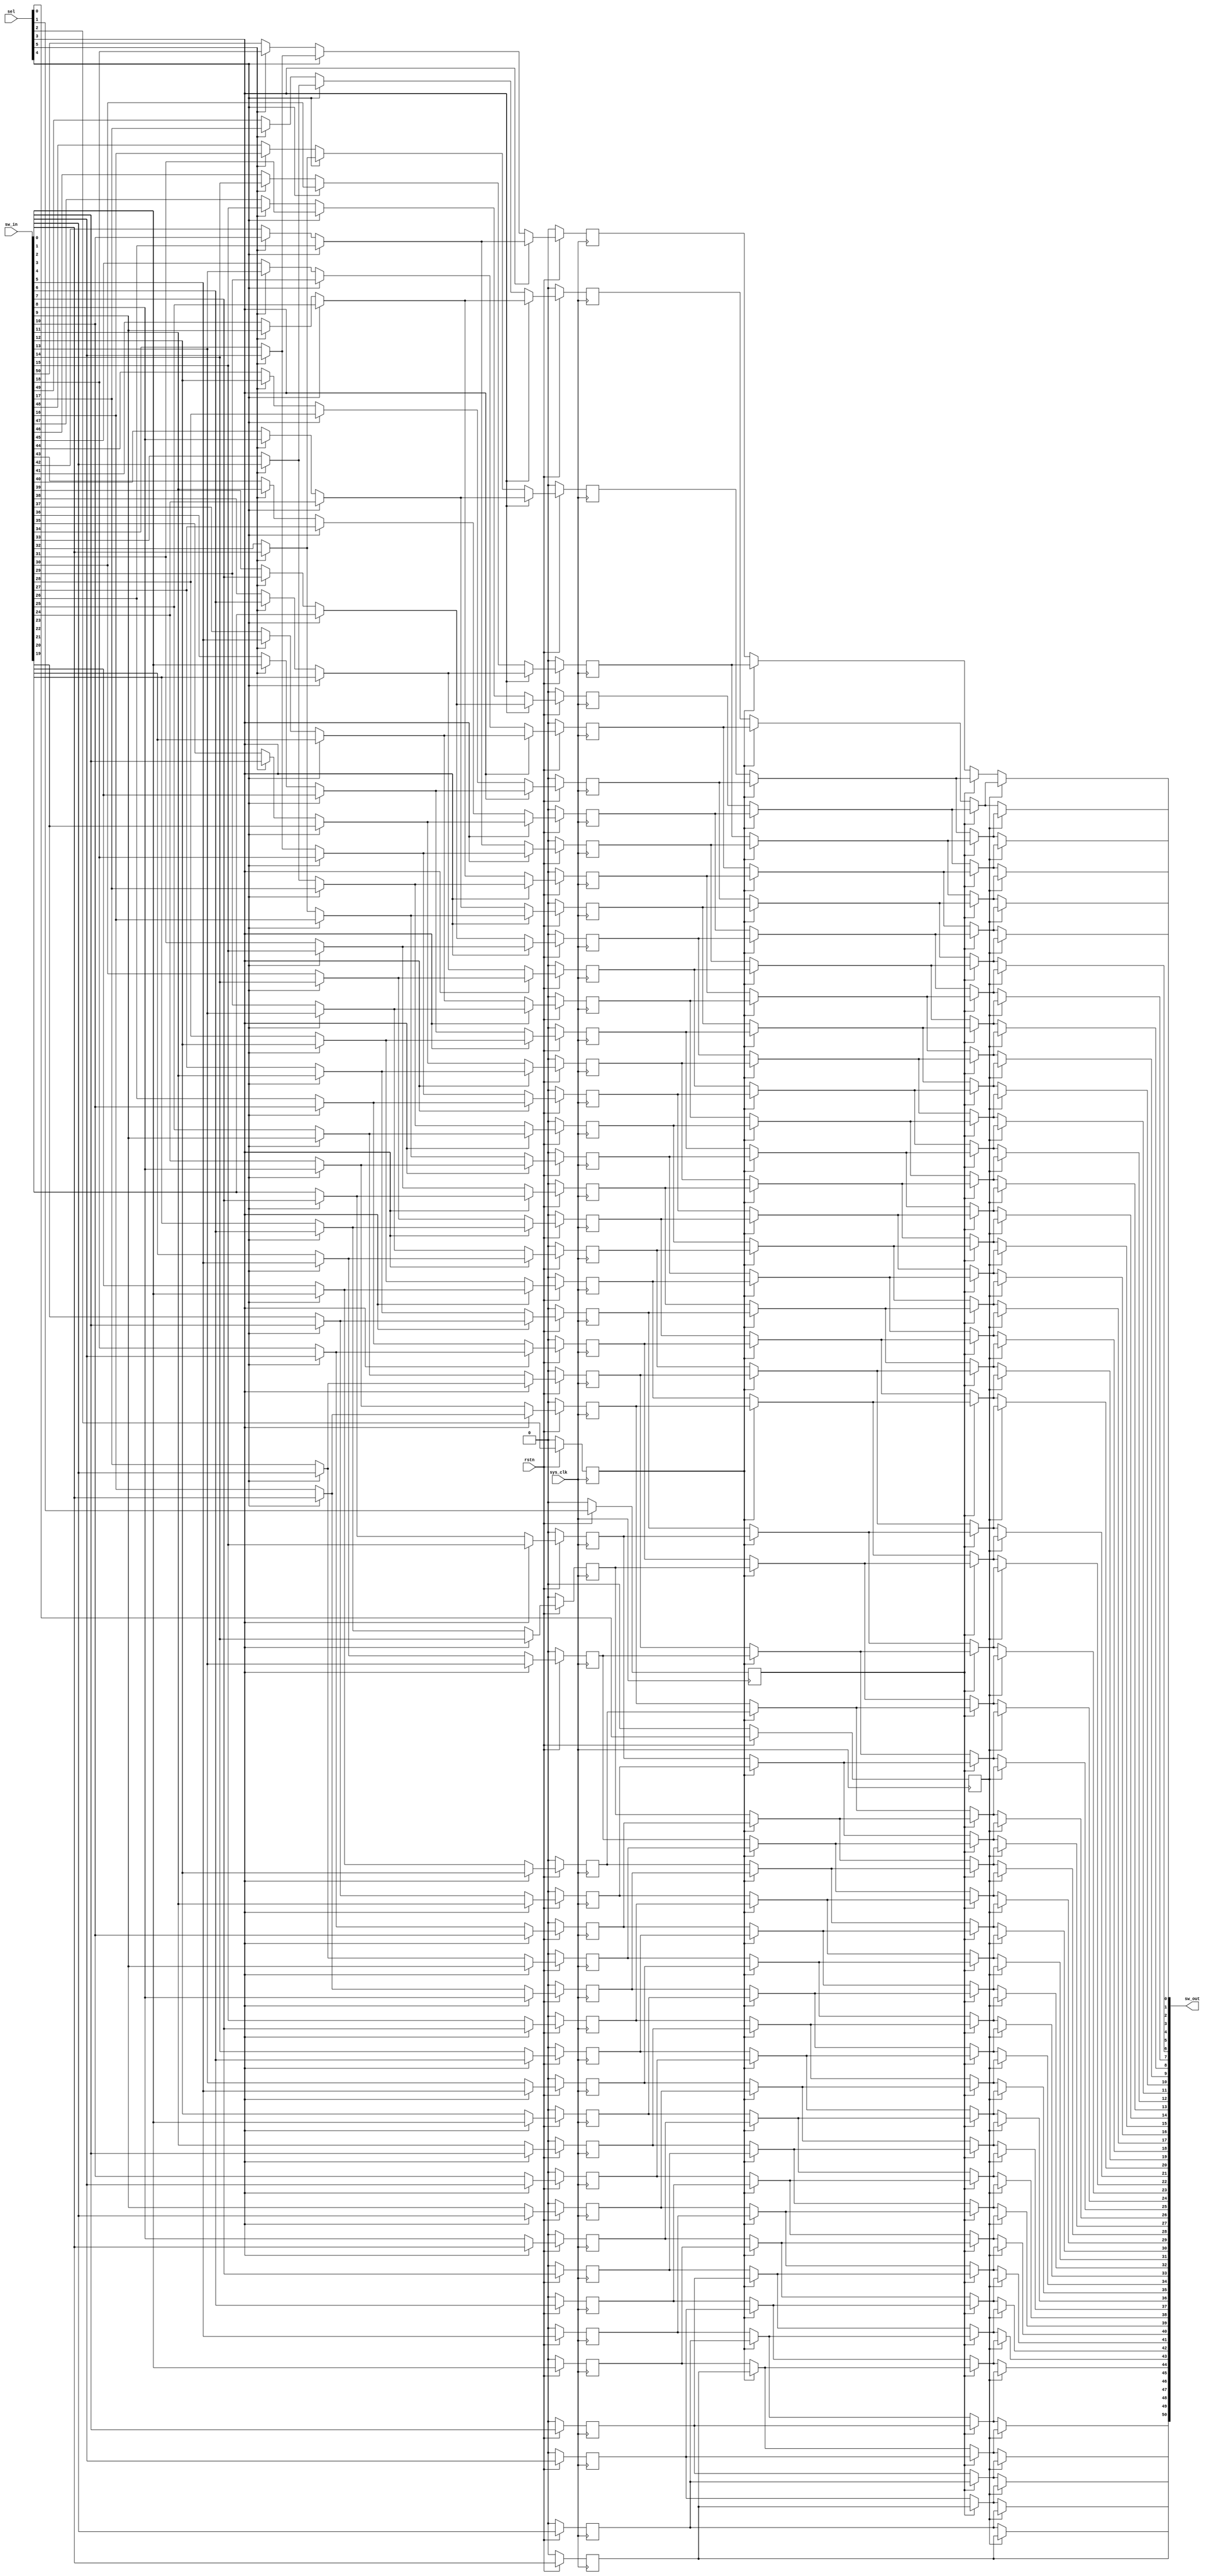
module qsn_right_len51 (
	output wire [50:0] sw_out,

	input wire [50:0] sw_in,
	input wire [5:0] sel,
	input wire sys_clk,
	input wire rstn
);

	// Multiplexer Stage 5
	wire [18:0] mux_stage_5;
	assign mux_stage_5[0] = (sel[5] == 1'b1) ? sw_in[18] : sw_in[50];
	assign mux_stage_5[1] = (sel[5] == 1'b1) ? sw_in[17] : sw_in[49];
	assign mux_stage_5[2] = (sel[5] == 1'b1) ? sw_in[16] : sw_in[48];
	assign mux_stage_5[3] = (sel[5] == 1'b1) ? sw_in[15] : sw_in[47];
	assign mux_stage_5[4] = (sel[5] == 1'b1) ? sw_in[14] : sw_in[46];
	assign mux_stage_5[5] = (sel[5] == 1'b1) ? sw_in[13] : sw_in[45];
	assign mux_stage_5[6] = (sel[5] == 1'b1) ? sw_in[12] : sw_in[44];
	assign mux_stage_5[7] = (sel[5] == 1'b1) ? sw_in[11] : sw_in[43];
	assign mux_stage_5[8] = (sel[5] == 1'b1) ? sw_in[10] : sw_in[42];
	assign mux_stage_5[9] = (sel[5] == 1'b1) ? sw_in[9] : sw_in[41];
	assign mux_stage_5[10] = (sel[5] == 1'b1) ? sw_in[8] : sw_in[40];
	assign mux_stage_5[11] = (sel[5] == 1'b1) ? sw_in[7] : sw_in[39];
	assign mux_stage_5[12] = (sel[5] == 1'b1) ? sw_in[6] : sw_in[38];
	assign mux_stage_5[13] = (sel[5] == 1'b1) ? sw_in[5] : sw_in[37];
	assign mux_stage_5[14] = (sel[5] == 1'b1) ? sw_in[4] : sw_in[36];
	assign mux_stage_5[15] = (sel[5] == 1'b1) ? sw_in[3] : sw_in[35];
	assign mux_stage_5[16] = (sel[5] == 1'b1) ? sw_in[2] : sw_in[34];
	assign mux_stage_5[17] = (sel[5] == 1'b1) ? sw_in[1] : sw_in[33];
	assign mux_stage_5[18] = (sel[5] == 1'b1) ? sw_in[0] : sw_in[32];

	// Multiplexer Stage 4
	wire [34:0] mux_stage_4;
	assign mux_stage_4[0] = (sel[4] == 1'b1) ? mux_stage_5[16] : mux_stage_5[0];
	assign mux_stage_4[1] = (sel[4] == 1'b1) ? mux_stage_5[17] : mux_stage_5[1];
	assign mux_stage_4[2] = (sel[4] == 1'b1) ? mux_stage_5[18] : mux_stage_5[2];
	assign mux_stage_4[3] = (sel[4] == 1'b1) ? sw_in[31] : mux_stage_5[3];
	assign mux_stage_4[4] = (sel[4] == 1'b1) ? sw_in[30] : mux_stage_5[4];
	assign mux_stage_4[5] = (sel[4] == 1'b1) ? sw_in[29] : mux_stage_5[5];
	assign mux_stage_4[6] = (sel[4] == 1'b1) ? sw_in[28] : mux_stage_5[6];
	assign mux_stage_4[7] = (sel[4] == 1'b1) ? sw_in[27] : mux_stage_5[7];
	assign mux_stage_4[8] = (sel[4] == 1'b1) ? sw_in[26] : mux_stage_5[8];
	assign mux_stage_4[9] = (sel[4] == 1'b1) ? sw_in[25] : mux_stage_5[9];
	assign mux_stage_4[10] = (sel[4] == 1'b1) ? sw_in[24] : mux_stage_5[10];
	assign mux_stage_4[11] = (sel[4] == 1'b1) ? sw_in[23] : mux_stage_5[11];
	assign mux_stage_4[12] = (sel[4] == 1'b1) ? sw_in[22] : mux_stage_5[12];
	assign mux_stage_4[13] = (sel[4] == 1'b1) ? sw_in[21] : mux_stage_5[13];
	assign mux_stage_4[14] = (sel[4] == 1'b1) ? sw_in[20] : mux_stage_5[14];
	assign mux_stage_4[15] = (sel[4] == 1'b1) ? sw_in[19] : mux_stage_5[15];
	assign mux_stage_4[16] = (sel[4] == 1'b1) ? sw_in[18] : mux_stage_5[16];
	assign mux_stage_4[17] = (sel[4] == 1'b1) ? sw_in[17] : mux_stage_5[17];
	assign mux_stage_4[18] = (sel[4] == 1'b1) ? sw_in[16] : mux_stage_5[18];
	assign mux_stage_4[19] = (sel[4] == 1'b1) ? sw_in[15] : sw_in[31];
	assign mux_stage_4[20] = (sel[4] == 1'b1) ? sw_in[14] : sw_in[30];
	assign mux_stage_4[21] = (sel[4] == 1'b1) ? sw_in[13] : sw_in[29];
	assign mux_stage_4[22] = (sel[4] == 1'b1) ? sw_in[12] : sw_in[28];
	assign mux_stage_4[23] = (sel[4] == 1'b1) ? sw_in[11] : sw_in[27];
	assign mux_stage_4[24] = (sel[4] == 1'b1) ? sw_in[10] : sw_in[26];
	assign mux_stage_4[25] = (sel[4] == 1'b1) ? sw_in[9] : sw_in[25];
	assign mux_stage_4[26] = (sel[4] == 1'b1) ? sw_in[8] : sw_in[24];
	assign mux_stage_4[27] = (sel[4] == 1'b1) ? sw_in[7] : sw_in[23];
	assign mux_stage_4[28] = (sel[4] == 1'b1) ? sw_in[6] : sw_in[22];
	assign mux_stage_4[29] = (sel[4] == 1'b1) ? sw_in[5] : sw_in[21];
	assign mux_stage_4[30] = (sel[4] == 1'b1) ? sw_in[4] : sw_in[20];
	assign mux_stage_4[31] = (sel[4] == 1'b1) ? sw_in[3] : sw_in[19];
	assign mux_stage_4[32] = (sel[4] == 1'b1) ? sw_in[2] : sw_in[18];
	assign mux_stage_4[33] = (sel[4] == 1'b1) ? sw_in[1] : sw_in[17];
	assign mux_stage_4[34] = (sel[4] == 1'b1) ? sw_in[0] : sw_in[16];

	// Multiplexer Stage 3
	reg [42:0] mux_stage_3;
	always @(posedge sys_clk) begin if(!rstn) mux_stage_3[0] <= 0; else if(sel[3] == 1'b1) mux_stage_3[0] <= mux_stage_4[8]; else mux_stage_3[0] <= mux_stage_4[0]; end
	always @(posedge sys_clk) begin if(!rstn) mux_stage_3[1] <= 0; else if(sel[3] == 1'b1) mux_stage_3[1] <= mux_stage_4[9]; else mux_stage_3[1] <= mux_stage_4[1]; end
	always @(posedge sys_clk) begin if(!rstn) mux_stage_3[2] <= 0; else if(sel[3] == 1'b1) mux_stage_3[2] <= mux_stage_4[10]; else mux_stage_3[2] <= mux_stage_4[2]; end
	always @(posedge sys_clk) begin if(!rstn) mux_stage_3[3] <= 0; else if(sel[3] == 1'b1) mux_stage_3[3] <= mux_stage_4[11]; else mux_stage_3[3] <= mux_stage_4[3]; end
	always @(posedge sys_clk) begin if(!rstn) mux_stage_3[4] <= 0; else if(sel[3] == 1'b1) mux_stage_3[4] <= mux_stage_4[12]; else mux_stage_3[4] <= mux_stage_4[4]; end
	always @(posedge sys_clk) begin if(!rstn) mux_stage_3[5] <= 0; else if(sel[3] == 1'b1) mux_stage_3[5] <= mux_stage_4[13]; else mux_stage_3[5] <= mux_stage_4[5]; end
	always @(posedge sys_clk) begin if(!rstn) mux_stage_3[6] <= 0; else if(sel[3] == 1'b1) mux_stage_3[6] <= mux_stage_4[14]; else mux_stage_3[6] <= mux_stage_4[6]; end
	always @(posedge sys_clk) begin if(!rstn) mux_stage_3[7] <= 0; else if(sel[3] == 1'b1) mux_stage_3[7] <= mux_stage_4[15]; else mux_stage_3[7] <= mux_stage_4[7]; end
	always @(posedge sys_clk) begin if(!rstn) mux_stage_3[8] <= 0; else if(sel[3] == 1'b1) mux_stage_3[8] <= mux_stage_4[16]; else mux_stage_3[8] <= mux_stage_4[8]; end
	always @(posedge sys_clk) begin if(!rstn) mux_stage_3[9] <= 0; else if(sel[3] == 1'b1) mux_stage_3[9] <= mux_stage_4[17]; else mux_stage_3[9] <= mux_stage_4[9]; end
	always @(posedge sys_clk) begin if(!rstn) mux_stage_3[10] <= 0; else if(sel[3] == 1'b1) mux_stage_3[10] <= mux_stage_4[18]; else mux_stage_3[10] <= mux_stage_4[10]; end
	always @(posedge sys_clk) begin if(!rstn) mux_stage_3[11] <= 0; else if(sel[3] == 1'b1) mux_stage_3[11] <= mux_stage_4[19]; else mux_stage_3[11] <= mux_stage_4[11]; end
	always @(posedge sys_clk) begin if(!rstn) mux_stage_3[12] <= 0; else if(sel[3] == 1'b1) mux_stage_3[12] <= mux_stage_4[20]; else mux_stage_3[12] <= mux_stage_4[12]; end
	always @(posedge sys_clk) begin if(!rstn) mux_stage_3[13] <= 0; else if(sel[3] == 1'b1) mux_stage_3[13] <= mux_stage_4[21]; else mux_stage_3[13] <= mux_stage_4[13]; end
	always @(posedge sys_clk) begin if(!rstn) mux_stage_3[14] <= 0; else if(sel[3] == 1'b1) mux_stage_3[14] <= mux_stage_4[22]; else mux_stage_3[14] <= mux_stage_4[14]; end
	always @(posedge sys_clk) begin if(!rstn) mux_stage_3[15] <= 0; else if(sel[3] == 1'b1) mux_stage_3[15] <= mux_stage_4[23]; else mux_stage_3[15] <= mux_stage_4[15]; end
	always @(posedge sys_clk) begin if(!rstn) mux_stage_3[16] <= 0; else if(sel[3] == 1'b1) mux_stage_3[16] <= mux_stage_4[24]; else mux_stage_3[16] <= mux_stage_4[16]; end
	always @(posedge sys_clk) begin if(!rstn) mux_stage_3[17] <= 0; else if(sel[3] == 1'b1) mux_stage_3[17] <= mux_stage_4[25]; else mux_stage_3[17] <= mux_stage_4[17]; end
	always @(posedge sys_clk) begin if(!rstn) mux_stage_3[18] <= 0; else if(sel[3] == 1'b1) mux_stage_3[18] <= mux_stage_4[26]; else mux_stage_3[18] <= mux_stage_4[18]; end
	always @(posedge sys_clk) begin if(!rstn) mux_stage_3[19] <= 0; else if(sel[3] == 1'b1) mux_stage_3[19] <= mux_stage_4[27]; else mux_stage_3[19] <= mux_stage_4[19]; end
	always @(posedge sys_clk) begin if(!rstn) mux_stage_3[20] <= 0; else if(sel[3] == 1'b1) mux_stage_3[20] <= mux_stage_4[28]; else mux_stage_3[20] <= mux_stage_4[20]; end
	always @(posedge sys_clk) begin if(!rstn) mux_stage_3[21] <= 0; else if(sel[3] == 1'b1) mux_stage_3[21] <= mux_stage_4[29]; else mux_stage_3[21] <= mux_stage_4[21]; end
	always @(posedge sys_clk) begin if(!rstn) mux_stage_3[22] <= 0; else if(sel[3] == 1'b1) mux_stage_3[22] <= mux_stage_4[30]; else mux_stage_3[22] <= mux_stage_4[22]; end
	always @(posedge sys_clk) begin if(!rstn) mux_stage_3[23] <= 0; else if(sel[3] == 1'b1) mux_stage_3[23] <= mux_stage_4[31]; else mux_stage_3[23] <= mux_stage_4[23]; end
	always @(posedge sys_clk) begin if(!rstn) mux_stage_3[24] <= 0; else if(sel[3] == 1'b1) mux_stage_3[24] <= mux_stage_4[32]; else mux_stage_3[24] <= mux_stage_4[24]; end
	always @(posedge sys_clk) begin if(!rstn) mux_stage_3[25] <= 0; else if(sel[3] == 1'b1) mux_stage_3[25] <= mux_stage_4[33]; else mux_stage_3[25] <= mux_stage_4[25]; end
	always @(posedge sys_clk) begin if(!rstn) mux_stage_3[26] <= 0; else if(sel[3] == 1'b1) mux_stage_3[26] <= mux_stage_4[34]; else mux_stage_3[26] <= mux_stage_4[26]; end
	always @(posedge sys_clk) begin if(!rstn) mux_stage_3[27] <= 0; else if(sel[3] == 1'b1) mux_stage_3[27] <= sw_in[15]; else mux_stage_3[27] <= mux_stage_4[27]; end
	always @(posedge sys_clk) begin if(!rstn) mux_stage_3[28] <= 0; else if(sel[3] == 1'b1) mux_stage_3[28] <= sw_in[14]; else mux_stage_3[28] <= mux_stage_4[28]; end
	always @(posedge sys_clk) begin if(!rstn) mux_stage_3[29] <= 0; else if(sel[3] == 1'b1) mux_stage_3[29] <= sw_in[13]; else mux_stage_3[29] <= mux_stage_4[29]; end
	always @(posedge sys_clk) begin if(!rstn) mux_stage_3[30] <= 0; else if(sel[3] == 1'b1) mux_stage_3[30] <= sw_in[12]; else mux_stage_3[30] <= mux_stage_4[30]; end
	always @(posedge sys_clk) begin if(!rstn) mux_stage_3[31] <= 0; else if(sel[3] == 1'b1) mux_stage_3[31] <= sw_in[11]; else mux_stage_3[31] <= mux_stage_4[31]; end
	always @(posedge sys_clk) begin if(!rstn) mux_stage_3[32] <= 0; else if(sel[3] == 1'b1) mux_stage_3[32] <= sw_in[10]; else mux_stage_3[32] <= mux_stage_4[32]; end
	always @(posedge sys_clk) begin if(!rstn) mux_stage_3[33] <= 0; else if(sel[3] == 1'b1) mux_stage_3[33] <= sw_in[9]; else mux_stage_3[33] <= mux_stage_4[33]; end
	always @(posedge sys_clk) begin if(!rstn) mux_stage_3[34] <= 0; else if(sel[3] == 1'b1) mux_stage_3[34] <= sw_in[8]; else mux_stage_3[34] <= mux_stage_4[34]; end
	always @(posedge sys_clk) begin if(!rstn) mux_stage_3[35] <= 0; else if(sel[3] == 1'b1) mux_stage_3[35] <= sw_in[7]; else mux_stage_3[35] <= sw_in[15]; end
	always @(posedge sys_clk) begin if(!rstn) mux_stage_3[36] <= 0; else if(sel[3] == 1'b1) mux_stage_3[36] <= sw_in[6]; else mux_stage_3[36] <= sw_in[14]; end
	always @(posedge sys_clk) begin if(!rstn) mux_stage_3[37] <= 0; else if(sel[3] == 1'b1) mux_stage_3[37] <= sw_in[5]; else mux_stage_3[37] <= sw_in[13]; end
	always @(posedge sys_clk) begin if(!rstn) mux_stage_3[38] <= 0; else if(sel[3] == 1'b1) mux_stage_3[38] <= sw_in[4]; else mux_stage_3[38] <= sw_in[12]; end
	always @(posedge sys_clk) begin if(!rstn) mux_stage_3[39] <= 0; else if(sel[3] == 1'b1) mux_stage_3[39] <= sw_in[3]; else mux_stage_3[39] <= sw_in[11]; end
	always @(posedge sys_clk) begin if(!rstn) mux_stage_3[40] <= 0; else if(sel[3] == 1'b1) mux_stage_3[40] <= sw_in[2]; else mux_stage_3[40] <= sw_in[10]; end
	always @(posedge sys_clk) begin if(!rstn) mux_stage_3[41] <= 0; else if(sel[3] == 1'b1) mux_stage_3[41] <= sw_in[1]; else mux_stage_3[41] <= sw_in[9]; end
	always @(posedge sys_clk) begin if(!rstn) mux_stage_3[42] <= 0; else if(sel[3] == 1'b1) mux_stage_3[42] <= sw_in[0]; else mux_stage_3[42] <= sw_in[8]; end

	reg sw_in_7_reg0; 	always @(posedge sys_clk) begin if(!rstn) sw_in_7_reg0 <= 0; else sw_in_7_reg0 <= sw_in[7]; end
	reg sw_in_6_reg0; 	always @(posedge sys_clk) begin if(!rstn) sw_in_6_reg0 <= 0; else sw_in_6_reg0 <= sw_in[6]; end
	reg sw_in_5_reg0; 	always @(posedge sys_clk) begin if(!rstn) sw_in_5_reg0 <= 0; else sw_in_5_reg0 <= sw_in[5]; end
	reg sw_in_4_reg0; 	always @(posedge sys_clk) begin if(!rstn) sw_in_4_reg0 <= 0; else sw_in_4_reg0 <= sw_in[4]; end
	reg sw_in_3_reg0; 	always @(posedge sys_clk) begin if(!rstn) sw_in_3_reg0 <= 0; else sw_in_3_reg0 <= sw_in[3]; end
	reg sw_in_2_reg0; 	always @(posedge sys_clk) begin if(!rstn) sw_in_2_reg0 <= 0; else sw_in_2_reg0 <= sw_in[2]; end
	reg sw_in_1_reg0; 	always @(posedge sys_clk) begin if(!rstn) sw_in_1_reg0 <= 0; else sw_in_1_reg0 <= sw_in[1]; end
	reg sw_in_0_reg0; 	always @(posedge sys_clk) begin if(!rstn) sw_in_0_reg0 <= 0; else sw_in_0_reg0 <= sw_in[0]; end

	reg sel_2_reg0;
	always @(posedge sys_clk) begin if(!rstn) sel_2_reg0 <= 0; else sel_2_reg0 <= sel[2]; end	

	// Multiplexer Stage 2
	wire [46:0] mux_stage_2;
	assign mux_stage_2[0] = (sel_2_reg0 == 1'b1) ? mux_stage_3[4] : mux_stage_3[0];
	assign mux_stage_2[1] = (sel_2_reg0 == 1'b1) ? mux_stage_3[5] : mux_stage_3[1];
	assign mux_stage_2[2] = (sel_2_reg0 == 1'b1) ? mux_stage_3[6] : mux_stage_3[2];
	assign mux_stage_2[3] = (sel_2_reg0 == 1'b1) ? mux_stage_3[7] : mux_stage_3[3];
	assign mux_stage_2[4] = (sel_2_reg0 == 1'b1) ? mux_stage_3[8] : mux_stage_3[4];
	assign mux_stage_2[5] = (sel_2_reg0 == 1'b1) ? mux_stage_3[9] : mux_stage_3[5];
	assign mux_stage_2[6] = (sel_2_reg0 == 1'b1) ? mux_stage_3[10] : mux_stage_3[6];
	assign mux_stage_2[7] = (sel_2_reg0 == 1'b1) ? mux_stage_3[11] : mux_stage_3[7];
	assign mux_stage_2[8] = (sel_2_reg0 == 1'b1) ? mux_stage_3[12] : mux_stage_3[8];
	assign mux_stage_2[9] = (sel_2_reg0 == 1'b1) ? mux_stage_3[13] : mux_stage_3[9];
	assign mux_stage_2[10] = (sel_2_reg0 == 1'b1) ? mux_stage_3[14] : mux_stage_3[10];
	assign mux_stage_2[11] = (sel_2_reg0 == 1'b1) ? mux_stage_3[15] : mux_stage_3[11];
	assign mux_stage_2[12] = (sel_2_reg0 == 1'b1) ? mux_stage_3[16] : mux_stage_3[12];
	assign mux_stage_2[13] = (sel_2_reg0 == 1'b1) ? mux_stage_3[17] : mux_stage_3[13];
	assign mux_stage_2[14] = (sel_2_reg0 == 1'b1) ? mux_stage_3[18] : mux_stage_3[14];
	assign mux_stage_2[15] = (sel_2_reg0 == 1'b1) ? mux_stage_3[19] : mux_stage_3[15];
	assign mux_stage_2[16] = (sel_2_reg0 == 1'b1) ? mux_stage_3[20] : mux_stage_3[16];
	assign mux_stage_2[17] = (sel_2_reg0 == 1'b1) ? mux_stage_3[21] : mux_stage_3[17];
	assign mux_stage_2[18] = (sel_2_reg0 == 1'b1) ? mux_stage_3[22] : mux_stage_3[18];
	assign mux_stage_2[19] = (sel_2_reg0 == 1'b1) ? mux_stage_3[23] : mux_stage_3[19];
	assign mux_stage_2[20] = (sel_2_reg0 == 1'b1) ? mux_stage_3[24] : mux_stage_3[20];
	assign mux_stage_2[21] = (sel_2_reg0 == 1'b1) ? mux_stage_3[25] : mux_stage_3[21];
	assign mux_stage_2[22] = (sel_2_reg0 == 1'b1) ? mux_stage_3[26] : mux_stage_3[22];
	assign mux_stage_2[23] = (sel_2_reg0 == 1'b1) ? mux_stage_3[27] : mux_stage_3[23];
	assign mux_stage_2[24] = (sel_2_reg0 == 1'b1) ? mux_stage_3[28] : mux_stage_3[24];
	assign mux_stage_2[25] = (sel_2_reg0 == 1'b1) ? mux_stage_3[29] : mux_stage_3[25];
	assign mux_stage_2[26] = (sel_2_reg0 == 1'b1) ? mux_stage_3[30] : mux_stage_3[26];
	assign mux_stage_2[27] = (sel_2_reg0 == 1'b1) ? mux_stage_3[31] : mux_stage_3[27];
	assign mux_stage_2[28] = (sel_2_reg0 == 1'b1) ? mux_stage_3[32] : mux_stage_3[28];
	assign mux_stage_2[29] = (sel_2_reg0 == 1'b1) ? mux_stage_3[33] : mux_stage_3[29];
	assign mux_stage_2[30] = (sel_2_reg0 == 1'b1) ? mux_stage_3[34] : mux_stage_3[30];
	assign mux_stage_2[31] = (sel_2_reg0 == 1'b1) ? mux_stage_3[35] : mux_stage_3[31];
	assign mux_stage_2[32] = (sel_2_reg0 == 1'b1) ? mux_stage_3[36] : mux_stage_3[32];
	assign mux_stage_2[33] = (sel_2_reg0 == 1'b1) ? mux_stage_3[37] : mux_stage_3[33];
	assign mux_stage_2[34] = (sel_2_reg0 == 1'b1) ? mux_stage_3[38] : mux_stage_3[34];
	assign mux_stage_2[35] = (sel_2_reg0 == 1'b1) ? mux_stage_3[39] : mux_stage_3[35];
	assign mux_stage_2[36] = (sel_2_reg0 == 1'b1) ? mux_stage_3[40] : mux_stage_3[36];
	assign mux_stage_2[37] = (sel_2_reg0 == 1'b1) ? mux_stage_3[41] : mux_stage_3[37];
	assign mux_stage_2[38] = (sel_2_reg0 == 1'b1) ? mux_stage_3[42] : mux_stage_3[38];
	assign mux_stage_2[39] = (sel_2_reg0 == 1'b1) ? sw_in_7_reg0 : mux_stage_3[39];
	assign mux_stage_2[40] = (sel_2_reg0 == 1'b1) ? sw_in_6_reg0 : mux_stage_3[40];
	assign mux_stage_2[41] = (sel_2_reg0 == 1'b1) ? sw_in_5_reg0 : mux_stage_3[41];
	assign mux_stage_2[42] = (sel_2_reg0 == 1'b1) ? sw_in_4_reg0 : mux_stage_3[42];
	assign mux_stage_2[43] = (sel_2_reg0 == 1'b1) ? sw_in_3_reg0 : sw_in_7_reg0;
	assign mux_stage_2[44] = (sel_2_reg0 == 1'b1) ? sw_in_2_reg0 : sw_in_6_reg0;
	assign mux_stage_2[45] = (sel_2_reg0 == 1'b1) ? sw_in_1_reg0 : sw_in_5_reg0;
	assign mux_stage_2[46] = (sel_2_reg0 == 1'b1) ? sw_in_0_reg0 : sw_in_4_reg0;


	reg sel_1_reg0;
	always @(posedge sys_clk) begin if(!rstn) sel_1_reg0 <= 0; else sel_1_reg0 <= sel[1]; end	

	// Multiplexer Stage 1
	wire [48:0] mux_stage_1;
	assign mux_stage_1[0] = (sel_1_reg0 == 1'b1) ? mux_stage_2[2] : mux_stage_2[0];
	assign mux_stage_1[1] = (sel_1_reg0 == 1'b1) ? mux_stage_2[3] : mux_stage_2[1];
	assign mux_stage_1[2] = (sel_1_reg0 == 1'b1) ? mux_stage_2[4] : mux_stage_2[2];
	assign mux_stage_1[3] = (sel_1_reg0 == 1'b1) ? mux_stage_2[5] : mux_stage_2[3];
	assign mux_stage_1[4] = (sel_1_reg0 == 1'b1) ? mux_stage_2[6] : mux_stage_2[4];
	assign mux_stage_1[5] = (sel_1_reg0 == 1'b1) ? mux_stage_2[7] : mux_stage_2[5];
	assign mux_stage_1[6] = (sel_1_reg0 == 1'b1) ? mux_stage_2[8] : mux_stage_2[6];
	assign mux_stage_1[7] = (sel_1_reg0 == 1'b1) ? mux_stage_2[9] : mux_stage_2[7];
	assign mux_stage_1[8] = (sel_1_reg0 == 1'b1) ? mux_stage_2[10] : mux_stage_2[8];
	assign mux_stage_1[9] = (sel_1_reg0 == 1'b1) ? mux_stage_2[11] : mux_stage_2[9];
	assign mux_stage_1[10] = (sel_1_reg0 == 1'b1) ? mux_stage_2[12] : mux_stage_2[10];
	assign mux_stage_1[11] = (sel_1_reg0 == 1'b1) ? mux_stage_2[13] : mux_stage_2[11];
	assign mux_stage_1[12] = (sel_1_reg0 == 1'b1) ? mux_stage_2[14] : mux_stage_2[12];
	assign mux_stage_1[13] = (sel_1_reg0 == 1'b1) ? mux_stage_2[15] : mux_stage_2[13];
	assign mux_stage_1[14] = (sel_1_reg0 == 1'b1) ? mux_stage_2[16] : mux_stage_2[14];
	assign mux_stage_1[15] = (sel_1_reg0 == 1'b1) ? mux_stage_2[17] : mux_stage_2[15];
	assign mux_stage_1[16] = (sel_1_reg0 == 1'b1) ? mux_stage_2[18] : mux_stage_2[16];
	assign mux_stage_1[17] = (sel_1_reg0 == 1'b1) ? mux_stage_2[19] : mux_stage_2[17];
	assign mux_stage_1[18] = (sel_1_reg0 == 1'b1) ? mux_stage_2[20] : mux_stage_2[18];
	assign mux_stage_1[19] = (sel_1_reg0 == 1'b1) ? mux_stage_2[21] : mux_stage_2[19];
	assign mux_stage_1[20] = (sel_1_reg0 == 1'b1) ? mux_stage_2[22] : mux_stage_2[20];
	assign mux_stage_1[21] = (sel_1_reg0 == 1'b1) ? mux_stage_2[23] : mux_stage_2[21];
	assign mux_stage_1[22] = (sel_1_reg0 == 1'b1) ? mux_stage_2[24] : mux_stage_2[22];
	assign mux_stage_1[23] = (sel_1_reg0 == 1'b1) ? mux_stage_2[25] : mux_stage_2[23];
	assign mux_stage_1[24] = (sel_1_reg0 == 1'b1) ? mux_stage_2[26] : mux_stage_2[24];
	assign mux_stage_1[25] = (sel_1_reg0 == 1'b1) ? mux_stage_2[27] : mux_stage_2[25];
	assign mux_stage_1[26] = (sel_1_reg0 == 1'b1) ? mux_stage_2[28] : mux_stage_2[26];
	assign mux_stage_1[27] = (sel_1_reg0 == 1'b1) ? mux_stage_2[29] : mux_stage_2[27];
	assign mux_stage_1[28] = (sel_1_reg0 == 1'b1) ? mux_stage_2[30] : mux_stage_2[28];
	assign mux_stage_1[29] = (sel_1_reg0 == 1'b1) ? mux_stage_2[31] : mux_stage_2[29];
	assign mux_stage_1[30] = (sel_1_reg0 == 1'b1) ? mux_stage_2[32] : mux_stage_2[30];
	assign mux_stage_1[31] = (sel_1_reg0 == 1'b1) ? mux_stage_2[33] : mux_stage_2[31];
	assign mux_stage_1[32] = (sel_1_reg0 == 1'b1) ? mux_stage_2[34] : mux_stage_2[32];
	assign mux_stage_1[33] = (sel_1_reg0 == 1'b1) ? mux_stage_2[35] : mux_stage_2[33];
	assign mux_stage_1[34] = (sel_1_reg0 == 1'b1) ? mux_stage_2[36] : mux_stage_2[34];
	assign mux_stage_1[35] = (sel_1_reg0 == 1'b1) ? mux_stage_2[37] : mux_stage_2[35];
	assign mux_stage_1[36] = (sel_1_reg0 == 1'b1) ? mux_stage_2[38] : mux_stage_2[36];
	assign mux_stage_1[37] = (sel_1_reg0 == 1'b1) ? mux_stage_2[39] : mux_stage_2[37];
	assign mux_stage_1[38] = (sel_1_reg0 == 1'b1) ? mux_stage_2[40] : mux_stage_2[38];
	assign mux_stage_1[39] = (sel_1_reg0 == 1'b1) ? mux_stage_2[41] : mux_stage_2[39];
	assign mux_stage_1[40] = (sel_1_reg0 == 1'b1) ? mux_stage_2[42] : mux_stage_2[40];
	assign mux_stage_1[41] = (sel_1_reg0 == 1'b1) ? mux_stage_2[43] : mux_stage_2[41];
	assign mux_stage_1[42] = (sel_1_reg0 == 1'b1) ? mux_stage_2[44] : mux_stage_2[42];
	assign mux_stage_1[43] = (sel_1_reg0 == 1'b1) ? mux_stage_2[45] : mux_stage_2[43];
	assign mux_stage_1[44] = (sel_1_reg0 == 1'b1) ? mux_stage_2[46] : mux_stage_2[44];
	assign mux_stage_1[45] = (sel_1_reg0 == 1'b1) ? sw_in_3_reg0 : mux_stage_2[45];
	assign mux_stage_1[46] = (sel_1_reg0 == 1'b1) ? sw_in_2_reg0 : mux_stage_2[46];
	assign mux_stage_1[47] = (sel_1_reg0 == 1'b1) ? sw_in_1_reg0 : sw_in_3_reg0;
	assign mux_stage_1[48] = (sel_1_reg0 == 1'b1) ? sw_in_0_reg0 : sw_in_2_reg0;


	reg sel_0_reg0;
	always @(posedge sys_clk) begin if(!rstn) sel_0_reg0 <= 0; else sel_0_reg0 <= sel[0]; end	

	// Multiplexer Stage 0
	wire [49:0] mux_stage_0;
	assign mux_stage_0[0] = (sel_0_reg0 == 1'b1) ? mux_stage_1[1] : mux_stage_1[0];
	assign mux_stage_0[1] = (sel_0_reg0 == 1'b1) ? mux_stage_1[2] : mux_stage_1[1];
	assign mux_stage_0[2] = (sel_0_reg0 == 1'b1) ? mux_stage_1[3] : mux_stage_1[2];
	assign mux_stage_0[3] = (sel_0_reg0 == 1'b1) ? mux_stage_1[4] : mux_stage_1[3];
	assign mux_stage_0[4] = (sel_0_reg0 == 1'b1) ? mux_stage_1[5] : mux_stage_1[4];
	assign mux_stage_0[5] = (sel_0_reg0 == 1'b1) ? mux_stage_1[6] : mux_stage_1[5];
	assign mux_stage_0[6] = (sel_0_reg0 == 1'b1) ? mux_stage_1[7] : mux_stage_1[6];
	assign mux_stage_0[7] = (sel_0_reg0 == 1'b1) ? mux_stage_1[8] : mux_stage_1[7];
	assign mux_stage_0[8] = (sel_0_reg0 == 1'b1) ? mux_stage_1[9] : mux_stage_1[8];
	assign mux_stage_0[9] = (sel_0_reg0 == 1'b1) ? mux_stage_1[10] : mux_stage_1[9];
	assign mux_stage_0[10] = (sel_0_reg0 == 1'b1) ? mux_stage_1[11] : mux_stage_1[10];
	assign mux_stage_0[11] = (sel_0_reg0 == 1'b1) ? mux_stage_1[12] : mux_stage_1[11];
	assign mux_stage_0[12] = (sel_0_reg0 == 1'b1) ? mux_stage_1[13] : mux_stage_1[12];
	assign mux_stage_0[13] = (sel_0_reg0 == 1'b1) ? mux_stage_1[14] : mux_stage_1[13];
	assign mux_stage_0[14] = (sel_0_reg0 == 1'b1) ? mux_stage_1[15] : mux_stage_1[14];
	assign mux_stage_0[15] = (sel_0_reg0 == 1'b1) ? mux_stage_1[16] : mux_stage_1[15];
	assign mux_stage_0[16] = (sel_0_reg0 == 1'b1) ? mux_stage_1[17] : mux_stage_1[16];
	assign mux_stage_0[17] = (sel_0_reg0 == 1'b1) ? mux_stage_1[18] : mux_stage_1[17];
	assign mux_stage_0[18] = (sel_0_reg0 == 1'b1) ? mux_stage_1[19] : mux_stage_1[18];
	assign mux_stage_0[19] = (sel_0_reg0 == 1'b1) ? mux_stage_1[20] : mux_stage_1[19];
	assign mux_stage_0[20] = (sel_0_reg0 == 1'b1) ? mux_stage_1[21] : mux_stage_1[20];
	assign mux_stage_0[21] = (sel_0_reg0 == 1'b1) ? mux_stage_1[22] : mux_stage_1[21];
	assign mux_stage_0[22] = (sel_0_reg0 == 1'b1) ? mux_stage_1[23] : mux_stage_1[22];
	assign mux_stage_0[23] = (sel_0_reg0 == 1'b1) ? mux_stage_1[24] : mux_stage_1[23];
	assign mux_stage_0[24] = (sel_0_reg0 == 1'b1) ? mux_stage_1[25] : mux_stage_1[24];
	assign mux_stage_0[25] = (sel_0_reg0 == 1'b1) ? mux_stage_1[26] : mux_stage_1[25];
	assign mux_stage_0[26] = (sel_0_reg0 == 1'b1) ? mux_stage_1[27] : mux_stage_1[26];
	assign mux_stage_0[27] = (sel_0_reg0 == 1'b1) ? mux_stage_1[28] : mux_stage_1[27];
	assign mux_stage_0[28] = (sel_0_reg0 == 1'b1) ? mux_stage_1[29] : mux_stage_1[28];
	assign mux_stage_0[29] = (sel_0_reg0 == 1'b1) ? mux_stage_1[30] : mux_stage_1[29];
	assign mux_stage_0[30] = (sel_0_reg0 == 1'b1) ? mux_stage_1[31] : mux_stage_1[30];
	assign mux_stage_0[31] = (sel_0_reg0 == 1'b1) ? mux_stage_1[32] : mux_stage_1[31];
	assign mux_stage_0[32] = (sel_0_reg0 == 1'b1) ? mux_stage_1[33] : mux_stage_1[32];
	assign mux_stage_0[33] = (sel_0_reg0 == 1'b1) ? mux_stage_1[34] : mux_stage_1[33];
	assign mux_stage_0[34] = (sel_0_reg0 == 1'b1) ? mux_stage_1[35] : mux_stage_1[34];
	assign mux_stage_0[35] = (sel_0_reg0 == 1'b1) ? mux_stage_1[36] : mux_stage_1[35];
	assign mux_stage_0[36] = (sel_0_reg0 == 1'b1) ? mux_stage_1[37] : mux_stage_1[36];
	assign mux_stage_0[37] = (sel_0_reg0 == 1'b1) ? mux_stage_1[38] : mux_stage_1[37];
	assign mux_stage_0[38] = (sel_0_reg0 == 1'b1) ? mux_stage_1[39] : mux_stage_1[38];
	assign mux_stage_0[39] = (sel_0_reg0 == 1'b1) ? mux_stage_1[40] : mux_stage_1[39];
	assign mux_stage_0[40] = (sel_0_reg0 == 1'b1) ? mux_stage_1[41] : mux_stage_1[40];
	assign mux_stage_0[41] = (sel_0_reg0 == 1'b1) ? mux_stage_1[42] : mux_stage_1[41];
	assign mux_stage_0[42] = (sel_0_reg0 == 1'b1) ? mux_stage_1[43] : mux_stage_1[42];
	assign mux_stage_0[43] = (sel_0_reg0 == 1'b1) ? mux_stage_1[44] : mux_stage_1[43];
	assign mux_stage_0[44] = (sel_0_reg0 == 1'b1) ? mux_stage_1[45] : mux_stage_1[44];
	assign mux_stage_0[45] = (sel_0_reg0 == 1'b1) ? mux_stage_1[46] : mux_stage_1[45];
	assign mux_stage_0[46] = (sel_0_reg0 == 1'b1) ? mux_stage_1[47] : mux_stage_1[46];
	assign mux_stage_0[47] = (sel_0_reg0 == 1'b1) ? mux_stage_1[48] : mux_stage_1[47];
	assign mux_stage_0[48] = (sel_0_reg0 == 1'b1) ? sw_in_1_reg0 : mux_stage_1[48];
	assign mux_stage_0[49] = (sel_0_reg0 == 1'b1) ? sw_in_0_reg0 : sw_in_1_reg0;

	assign sw_out[50:0] = {sw_in_0_reg0, mux_stage_0[49:0]};
endmodule